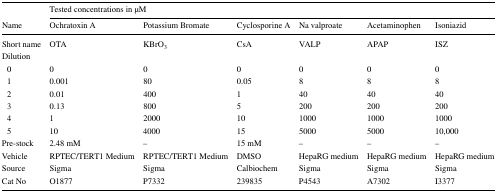
|  | <COLSPAN=6> Tested concentrations in μM |
 | Name | Ochratoxin A | Potassium Bromate | Cyclosporine A | Na valproate | Acetaminophen | Isoniazid |
 | --- | --- | --- | --- | --- | --- | --- |
 | Short name | OTA | KBrO3 | CsA | VALP | APAP | ISZ |
 | Dilution |  |  |  |  |  |  |
 | 0 | 0 | 0 | 0 | 0 | 0 | 0 |
 | 1 | 0.001 | 80 | 0.05 | 8 | 8 | 8 |
 | 2 | 0.01 | 400 | 1 | 40 | 40 | 40 |
 | 3 | 0.13 | 800 | 5 | 200 | 200 | 200 |
 | 4 | 1 | 2000 | 10 | 1000 | 1000 | 1000 |
 | 5 | 10 | 4000 | 15 | 5000 | 5000 | 10,000 |
 | Pre-stock | 2.48 mM | – | 15 mM | – | – | – |
 | Vehicle | RPTEC/TERT1 Medium | RPTEC/TERT1 Medium | DMSO | HepaRG medium | HepaRG medium | HepaRG medium |
 | Source | Sigma | Sigma | Calbiochem | Sigma | Sigma | Sigma |
 | Cat No | O1877 | P7332 | 239835 | P4543 | A7302 | I3377 |